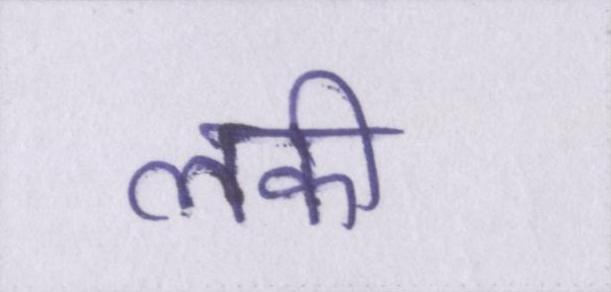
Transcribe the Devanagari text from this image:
लकी